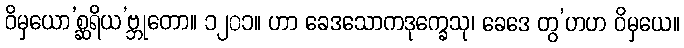
ဝိမှယော’စ္ဆရိယ’ဗ္ဘုတော။ ၁၂၀၁။ ဟာ ခေဒသောကဒုက္ခေသု၊ ခေဒေ တွ’ဟဟ ဝိမှယေ။